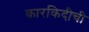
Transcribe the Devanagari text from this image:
कारकिदीची